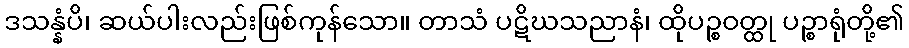
ဒသန္နံပိ၊ ဆယ်ပါးလည်းဖြစ်ကုန်သော။ တာသံ ပဋိဃသညာနံ၊ ထိုပဉ္စဝတ္ထု ပဉ္စာရုံတို့၏